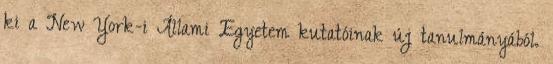
ki a New York-i Állami Egyetem kutatóinak új tanulmányából.